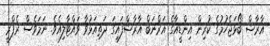
އާރާާޝް ބޯޅަޖެހުމުގެ ކުރިން އިންޑީއާގެ އަރްނަބް އާރާޝްފައިގަ ދަތިއަޅުވާ ވައްޓާލިއެވެ. ނަމަވެސް ރެފްރީ